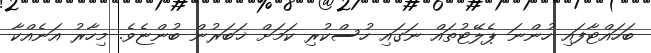
ބަހައްޓާފައި ހުންނަ ޕެލޭޓުތައް ނަގައި ހުސްކުރި ކަމަށް ޚަބަރުން ބުންޏެވެ. މިހާރު އަނެއްކާ